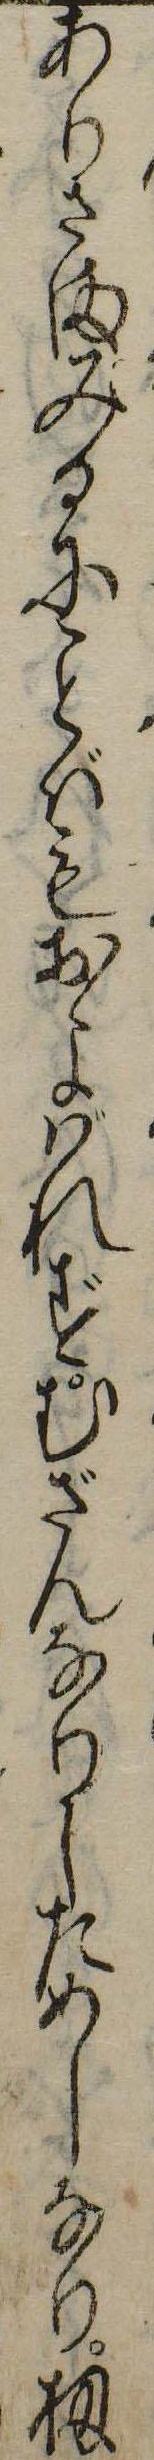
ありさまみるにばもおよばれずむざんなりしためしなり扨